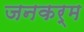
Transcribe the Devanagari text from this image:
जनकर्म